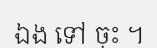
ឯង ទៅ ចុះ ។